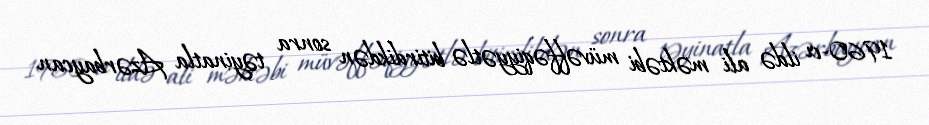
1960-cı ildə ali məktəbi müvəffəqiyyətlə bitirdikdən sonra təyinatla Azərbaycan